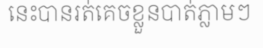
នេះបានរត់គេចខ្លួនបាត់ភ្លាមៗ